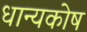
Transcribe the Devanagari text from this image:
धान्यकोष